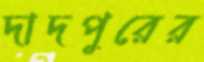
দাদপুরের